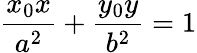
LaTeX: {\frac{x_{0}x}{a^{2}}}+{\frac{y_{0}y}{b^{2}}}=1